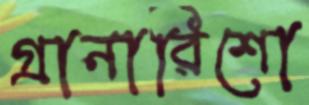
গ্রানারিশো